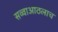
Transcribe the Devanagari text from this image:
सव्वाआठलाच